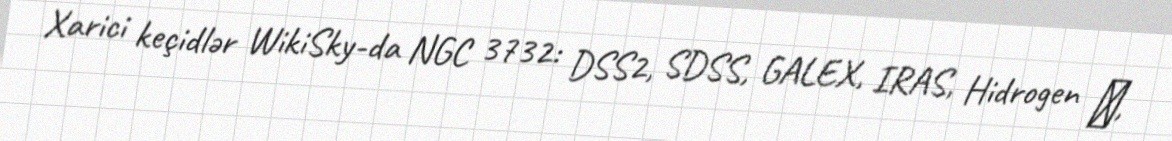
Xarici keçidlər WikiSky-da NGC 3732: DSS2, SDSS, GALEX, IRAS, Hidrogen α,